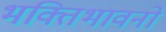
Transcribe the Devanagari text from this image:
भक्तिभावनो